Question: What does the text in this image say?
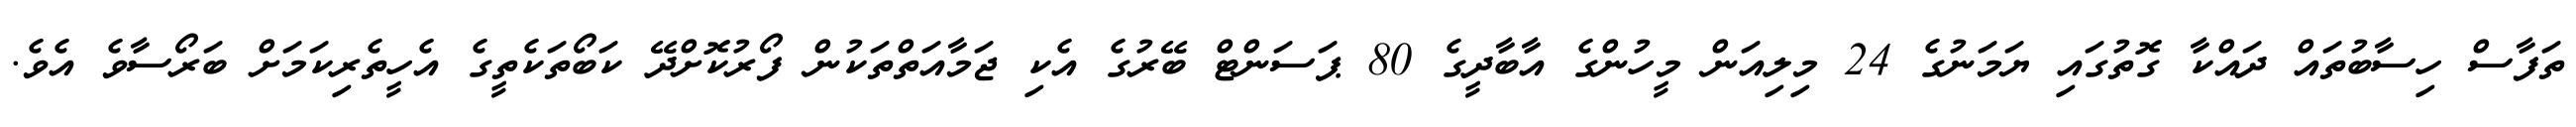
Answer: ތަފާސް ހިސާބުތައް ދައްކާ ގޮތުގައި ޔަމަނުގެ 24 މިލިއަން މީހުންގެ އާބާދީގެ 80 ޕަސަންޓް ބޭރުގެ އެކި ޖަމާއަތްތަކުން ފޯރުކޮށްދޭ ކަބޯތަކެތީގެ އެހީތެރިކަމަށް ބަރޯސާވެ އެވެ.